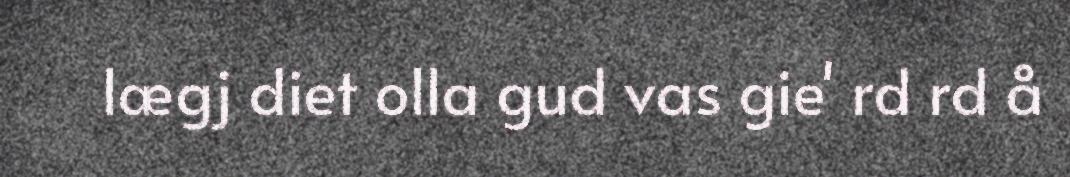
lægj diet olla gud vas gie' rd rd å